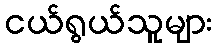
ငယ်ရွယ်သူများ